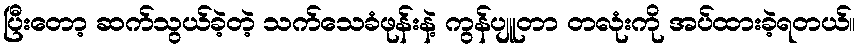
ပြီးတော့ ဆက်သွယ်ခဲ့တဲ့ သက်သေခံဖုန်းနဲ့ ကွန်ပျူတာ တလုံးကို အပ်ထားခဲ့ရတယ်။